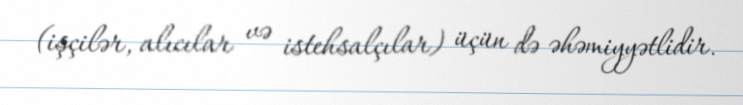
(işçilər, alıcılar və istehsalçılar) üçün də əhəmiyyətlidir.